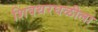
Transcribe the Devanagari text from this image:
शिवथरघळीला